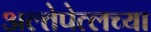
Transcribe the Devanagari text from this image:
अल्तेपेत्लच्या